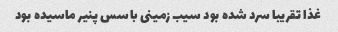
غذا تقریبا سرد شده بود سیب زمینی با سس پنیر ماسیده بود